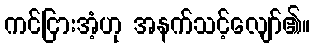
ကင်ငြားအံ့ဟု အနက်သင့်လျော်၏။